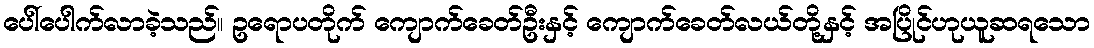
ပေါ်ပေါက်လာခဲ့သည်။ ဥရောပတိုက် ကျောက်ခေတ်ဦးနှင့် ကျောက်ခေတ်လယ်တို့နှင့် အပြိုင်ဟုယူဆရသော